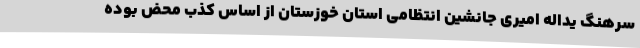
سرهنگ یداله امیری جانشین انتظامی استان خوزستان از اساس کذب محض بوده